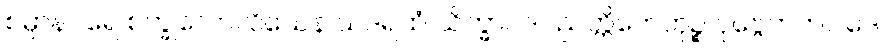
စမ္ပာနဂရေ စက္ခုလောလိယေန သဒရထံ သိက္ခာပဒပညတ္တိဟေတုဉ္စ ပုဗ္ဗေကတဝါဒေ